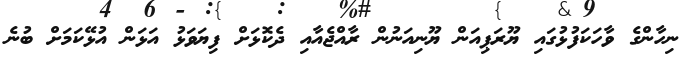
ނިހާންގެ ވާހަކަފުޅުގައި ޔޫރަޕިއަން ޔޫނިއަނުން ރާއްޖެއާއި ދެކޮޅަށް ފިޔަވަޅު އަޅަން އުޅޭކަމަށް ބުނެ